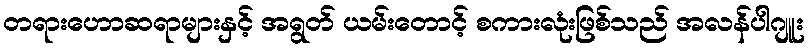
တရားဟောဆရာများနှင့် အရွတ် ယမ်းတောင့် စကားလုံးဖြစ်သည် အလန်ပါဂျူး